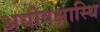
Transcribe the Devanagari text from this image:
अधोवक्षास्थि